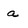
Character: a